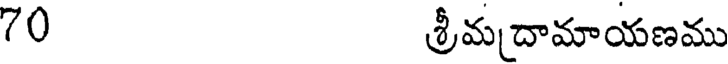
70 శ్రీమదామాయణము